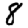
Digit: 8